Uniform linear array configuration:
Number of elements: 12
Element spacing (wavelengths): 0.25
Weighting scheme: uniform
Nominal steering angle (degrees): -60
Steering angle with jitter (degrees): -58.703
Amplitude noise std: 0.05
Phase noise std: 0.05

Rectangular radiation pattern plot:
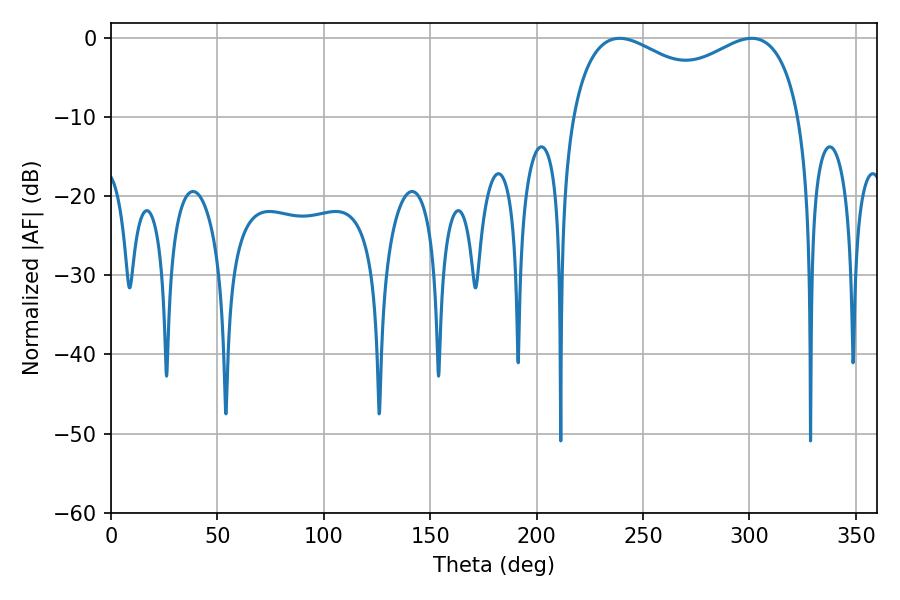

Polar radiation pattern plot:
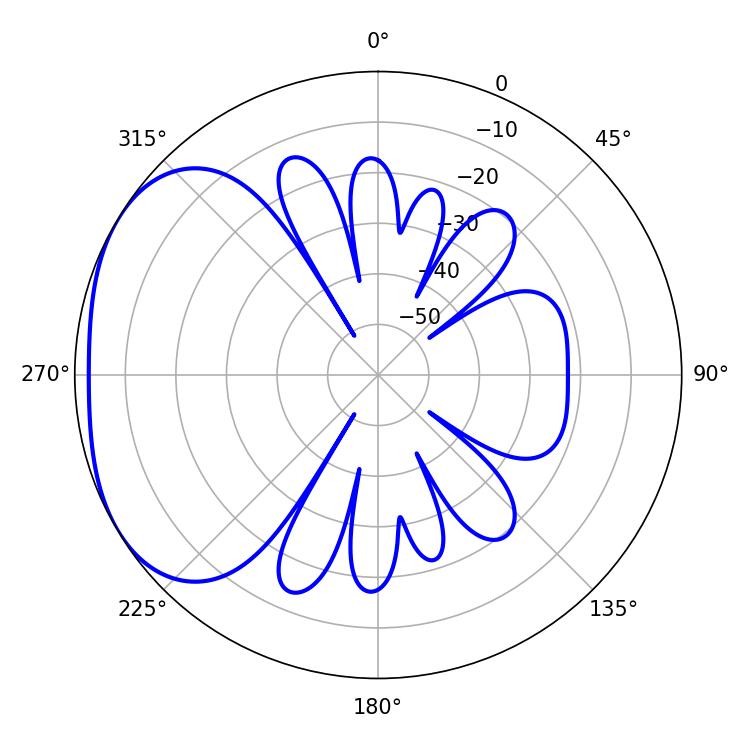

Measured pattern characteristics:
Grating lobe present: FALSE
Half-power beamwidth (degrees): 89.64
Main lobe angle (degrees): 239.04